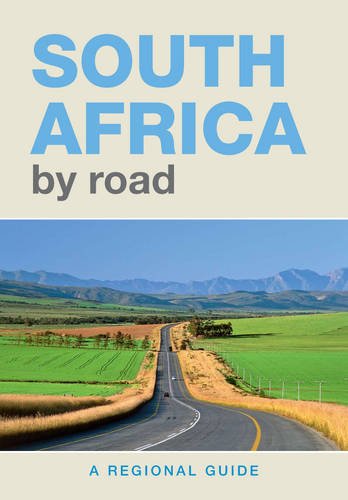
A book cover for South Africa by Road: A Regional Guide; Pat Hopkins; Travel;